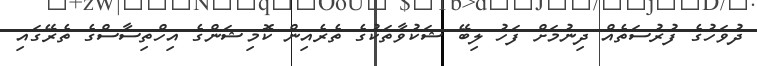
ދުވަހުގެ ފުރުސަތެއް ދިނުމަށް ފަހު ލިބޭ ޝަކުވާތަކުގެ ތެރެއިން ކޮމިޝަންގެ އިހްތިސާސްގެ ތެރޭގައި